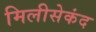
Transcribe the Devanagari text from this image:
मिलीसेकंद